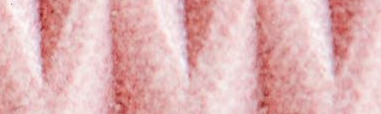
speed limit 60